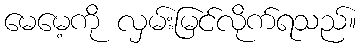
မေမေ့ကို လှမ်းမြင်လိုက်ရသည်။